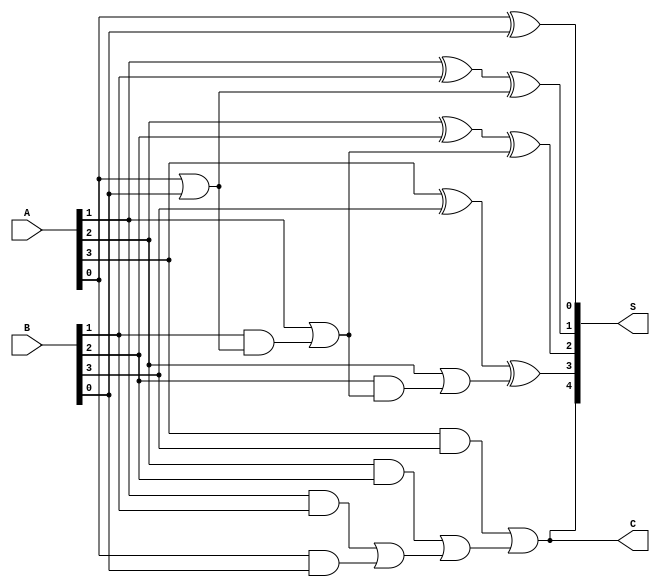
module CarryLookaheadAdder (
    input [3:0] A, B, // input signals
    output [4:0] S, // sum output
    output C // carry output
);

wire [4:0] G, P; // generate and propagate signals

assign G[0] = A[0] & B[0]; // Generate signal for bit 0

assign P[0] = A[0] | B[0]; // Propagate signal for bit 0

assign G[1] = A[1] & B[1] | G[0]; // Generate signal for bit 1

assign P[1] = A[1] | B[1] & P[0]; // Propagate signal for bit 1

assign G[2] = A[2] & B[2] | G[1]; // Generate signal for bit 2

assign P[2] = A[2] | B[2] & P[1]; // Propagate signal for bit 2

assign G[3] = A[3] & B[3] | G[2]; // Generate signal for bit 3

assign P[3] = A[3] | B[3] & P[2]; // Propagate signal for bit 3

assign C = G[3]; // Final carry output

assign S[0] = A[0] ^ B[0]; // Sum output for bit 0

assign S[1] = A[1] ^ B[1] ^ P[0]; // Sum output for bit 1

assign S[2] = A[2] ^ B[2] ^ P[1]; // Sum output for bit 2

assign S[3] = A[3] ^ B[3] ^ P[2]; // Sum output for bit 3

assign S[4] = C; // Sum output for final carry

endmodule